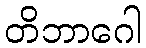
တိဘာဂေါ